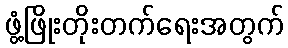
ဖွံ့ဖြိုးတိုးတက်ရေးအတွက်